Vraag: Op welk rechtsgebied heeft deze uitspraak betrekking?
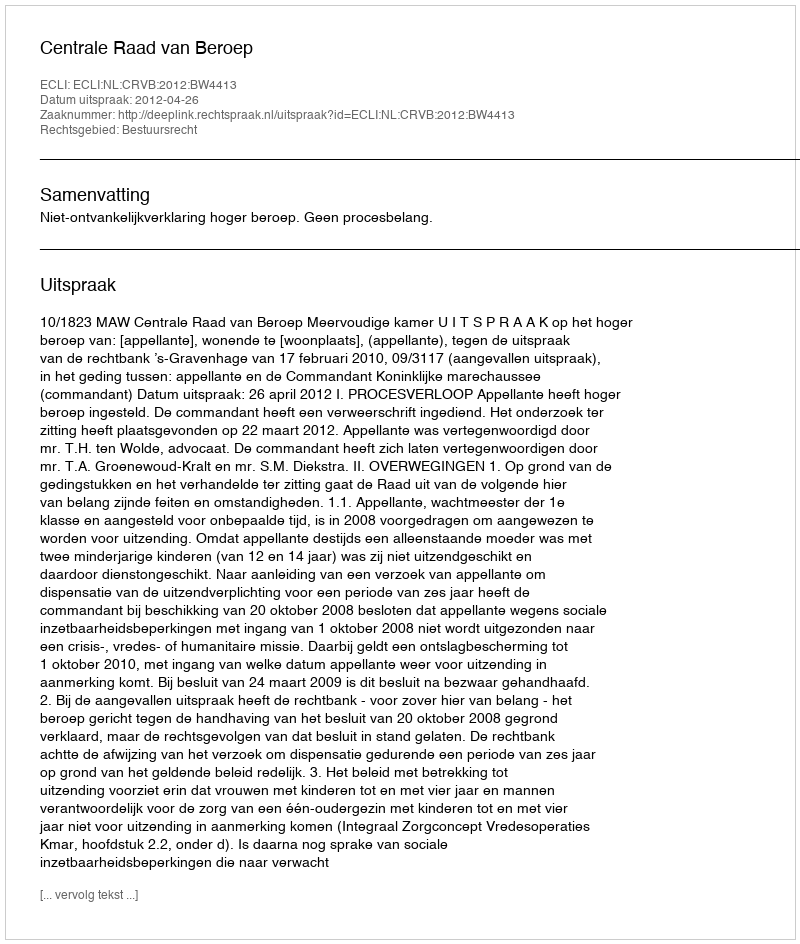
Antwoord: Bestuursrecht